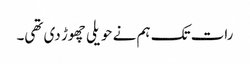
رات تک ہم نے حویلی چھوڑ دی تھی۔